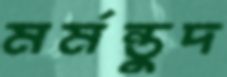
মর্মন্তুদ